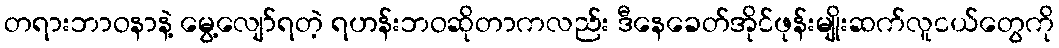
တရားဘာဝနာနဲ့ မွေ့လျော်ရတဲ့ ရဟန်းဘဝဆိုတာကလည်း ဒီနေခေတ်အိုင်ဖုန်းမျိုးဆက်လူငယ်တွေကို